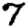
Digit: 7